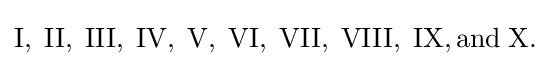
\mathrm {I,\;II,\;III,\;IV,\;V,\;VI,\;VII,\;VIII,\;IX,and\;X.}